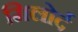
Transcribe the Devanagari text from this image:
मिलोर्द